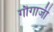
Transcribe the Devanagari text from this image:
गौगाजी